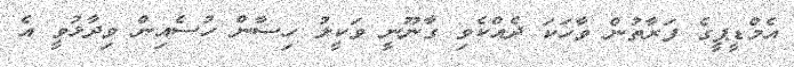
އެމްޑީޕީގެ ފަރާތުން ވާހަކަ ދެއްކެވި ގާނޫނީ ވަކީލު ހިސާން ހުސެއިން ވިދާޅުވީ އެ